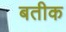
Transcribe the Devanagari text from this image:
बतीक